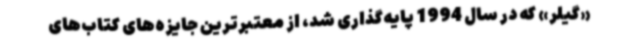
«‌گیلر» که در سال 1994 پایه‌گذاری شد، از معتبرترین جایزه‌های کتاب‌های